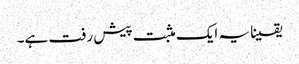
یقینا یہ ایک مثبت پیش رفت ہے۔